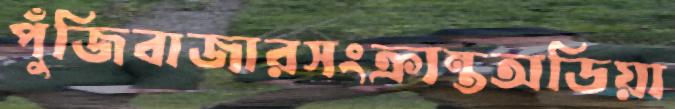
পুঁজিবাজারসংক্রান্তঅডিয়া